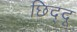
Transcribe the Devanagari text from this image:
छिद्दू